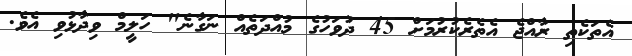
އެތަކެތި ރާއްޖެ އެތެރެކުރުމަށް 45 ދުވަހުގެ މުއްދަތެއް ނަގާނެ" ހަލީމް ވިދާޅުވި އެވެ.